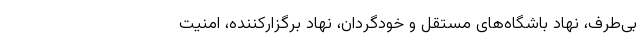
بی‌طرف، نهاد باشگاه‌های مستقل و خودگردان، نهاد برگزارکننده، امنیت